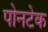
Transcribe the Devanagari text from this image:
पोनटेक